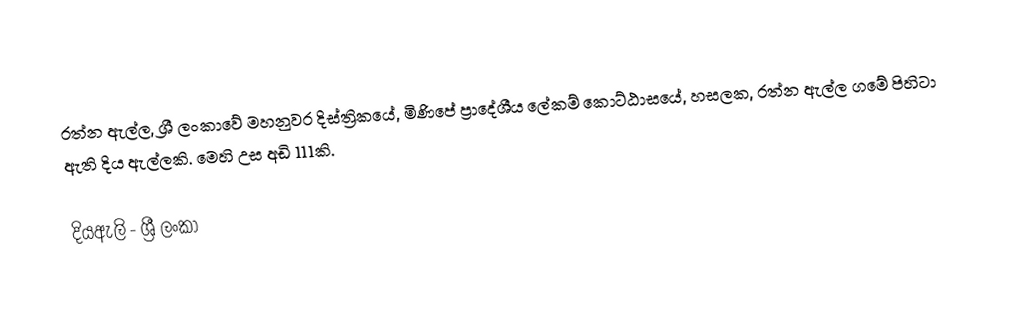
රත්න ඇල්ල, ශ්‍රී ලංකාවේ මහනුවර දිස්ත්‍රිකයේ, මිණිපේ ප්‍රාදේශීය ලේකම් කොට්ඨාසයේ, හසලක, රත්න ඇල්ල ගමේ පිහිටා ඇති දිය ඇල්ලකි. මෙහි උස අඩි 111කි.

දියඇලි - ශ්‍රී ලංකා